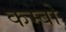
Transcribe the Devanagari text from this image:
कम्बो